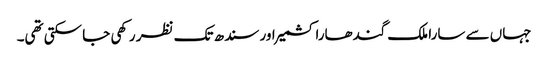
جہاں سے سارا ملک گندھارا کشمیر اور سندھ تک نظر رکھی جا سکتی تھی۔